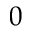
0